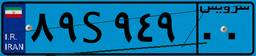
۹۳S۰۷۳۲۴